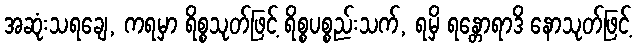
အဆုံးသရချေ, ကရမှာ ရိစ္စသုတ်ဖြင့် ရိစ္စပစ္စည်းသက်, ရမှိ ရန္တောရာဒိ နောသုတ်ဖြင့်